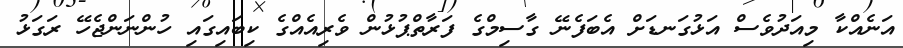
އަނެއްކާ މިއަދުވެސް އަޅުގަނޑަށް އެބަފެނޭ ގާސިމްގެ ފަރާތްޕުޅުން ވެރިއެއްގެ ކިބައިގައި ހުންނަންޖެހޭ ރަގަޅު